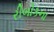
રીબોકના